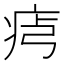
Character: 𤵶